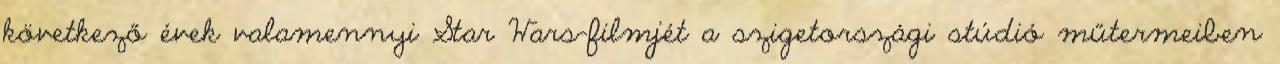
következő évek valamennyi Star Wars-filmjét a szigetországi stúdió műtermeiben